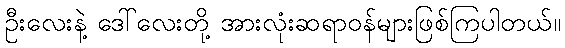
ဦးလေးနဲ့ ဒေါ်လေးတို့ အားလုံးဆရာဝန်များဖြစ်ကြပါတယ်။